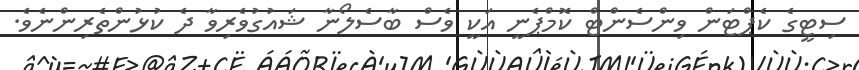
ސިޓީގެ ކެޕްޓަން ވިންސެންޓް ކޮމްޕެނީ އަކީ ވެސް ބާސެލޯނާ ޝައުގުވެރިވާ ދެ ކުޅުންތެރިންނެވެ.